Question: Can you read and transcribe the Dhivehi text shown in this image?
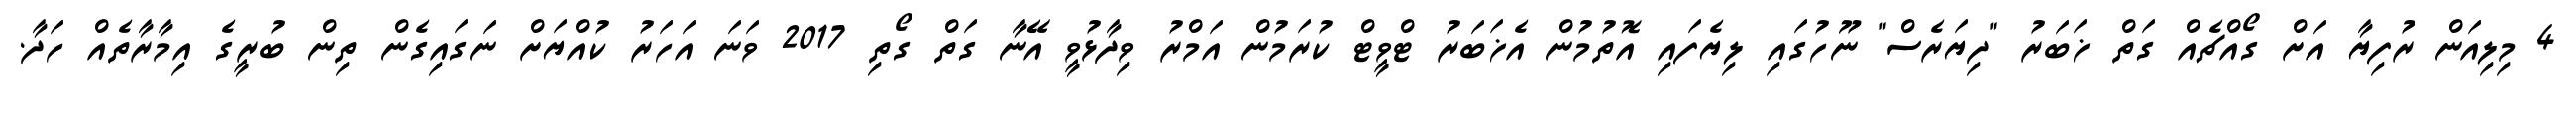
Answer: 4 މިލިއަން ރުފިޔާ އަށް ގޯއްޗެއް ގަތް ޚަބަރު "ދިޔަރެސް" ނޫހުގައި ލިޔެފައި އޮތުމުން އެޚަބަރު ޓްވީޓް ކުރަމުން އަމްރު ވިދާޅުވީ އޭނާ ގަތް ގޯތި 2017 ވަނަ އަހަރު ކުއްޔަށް ނަގައިގެން ތިން ބުރީގެ އިމާރާތެއް ހަދާ.